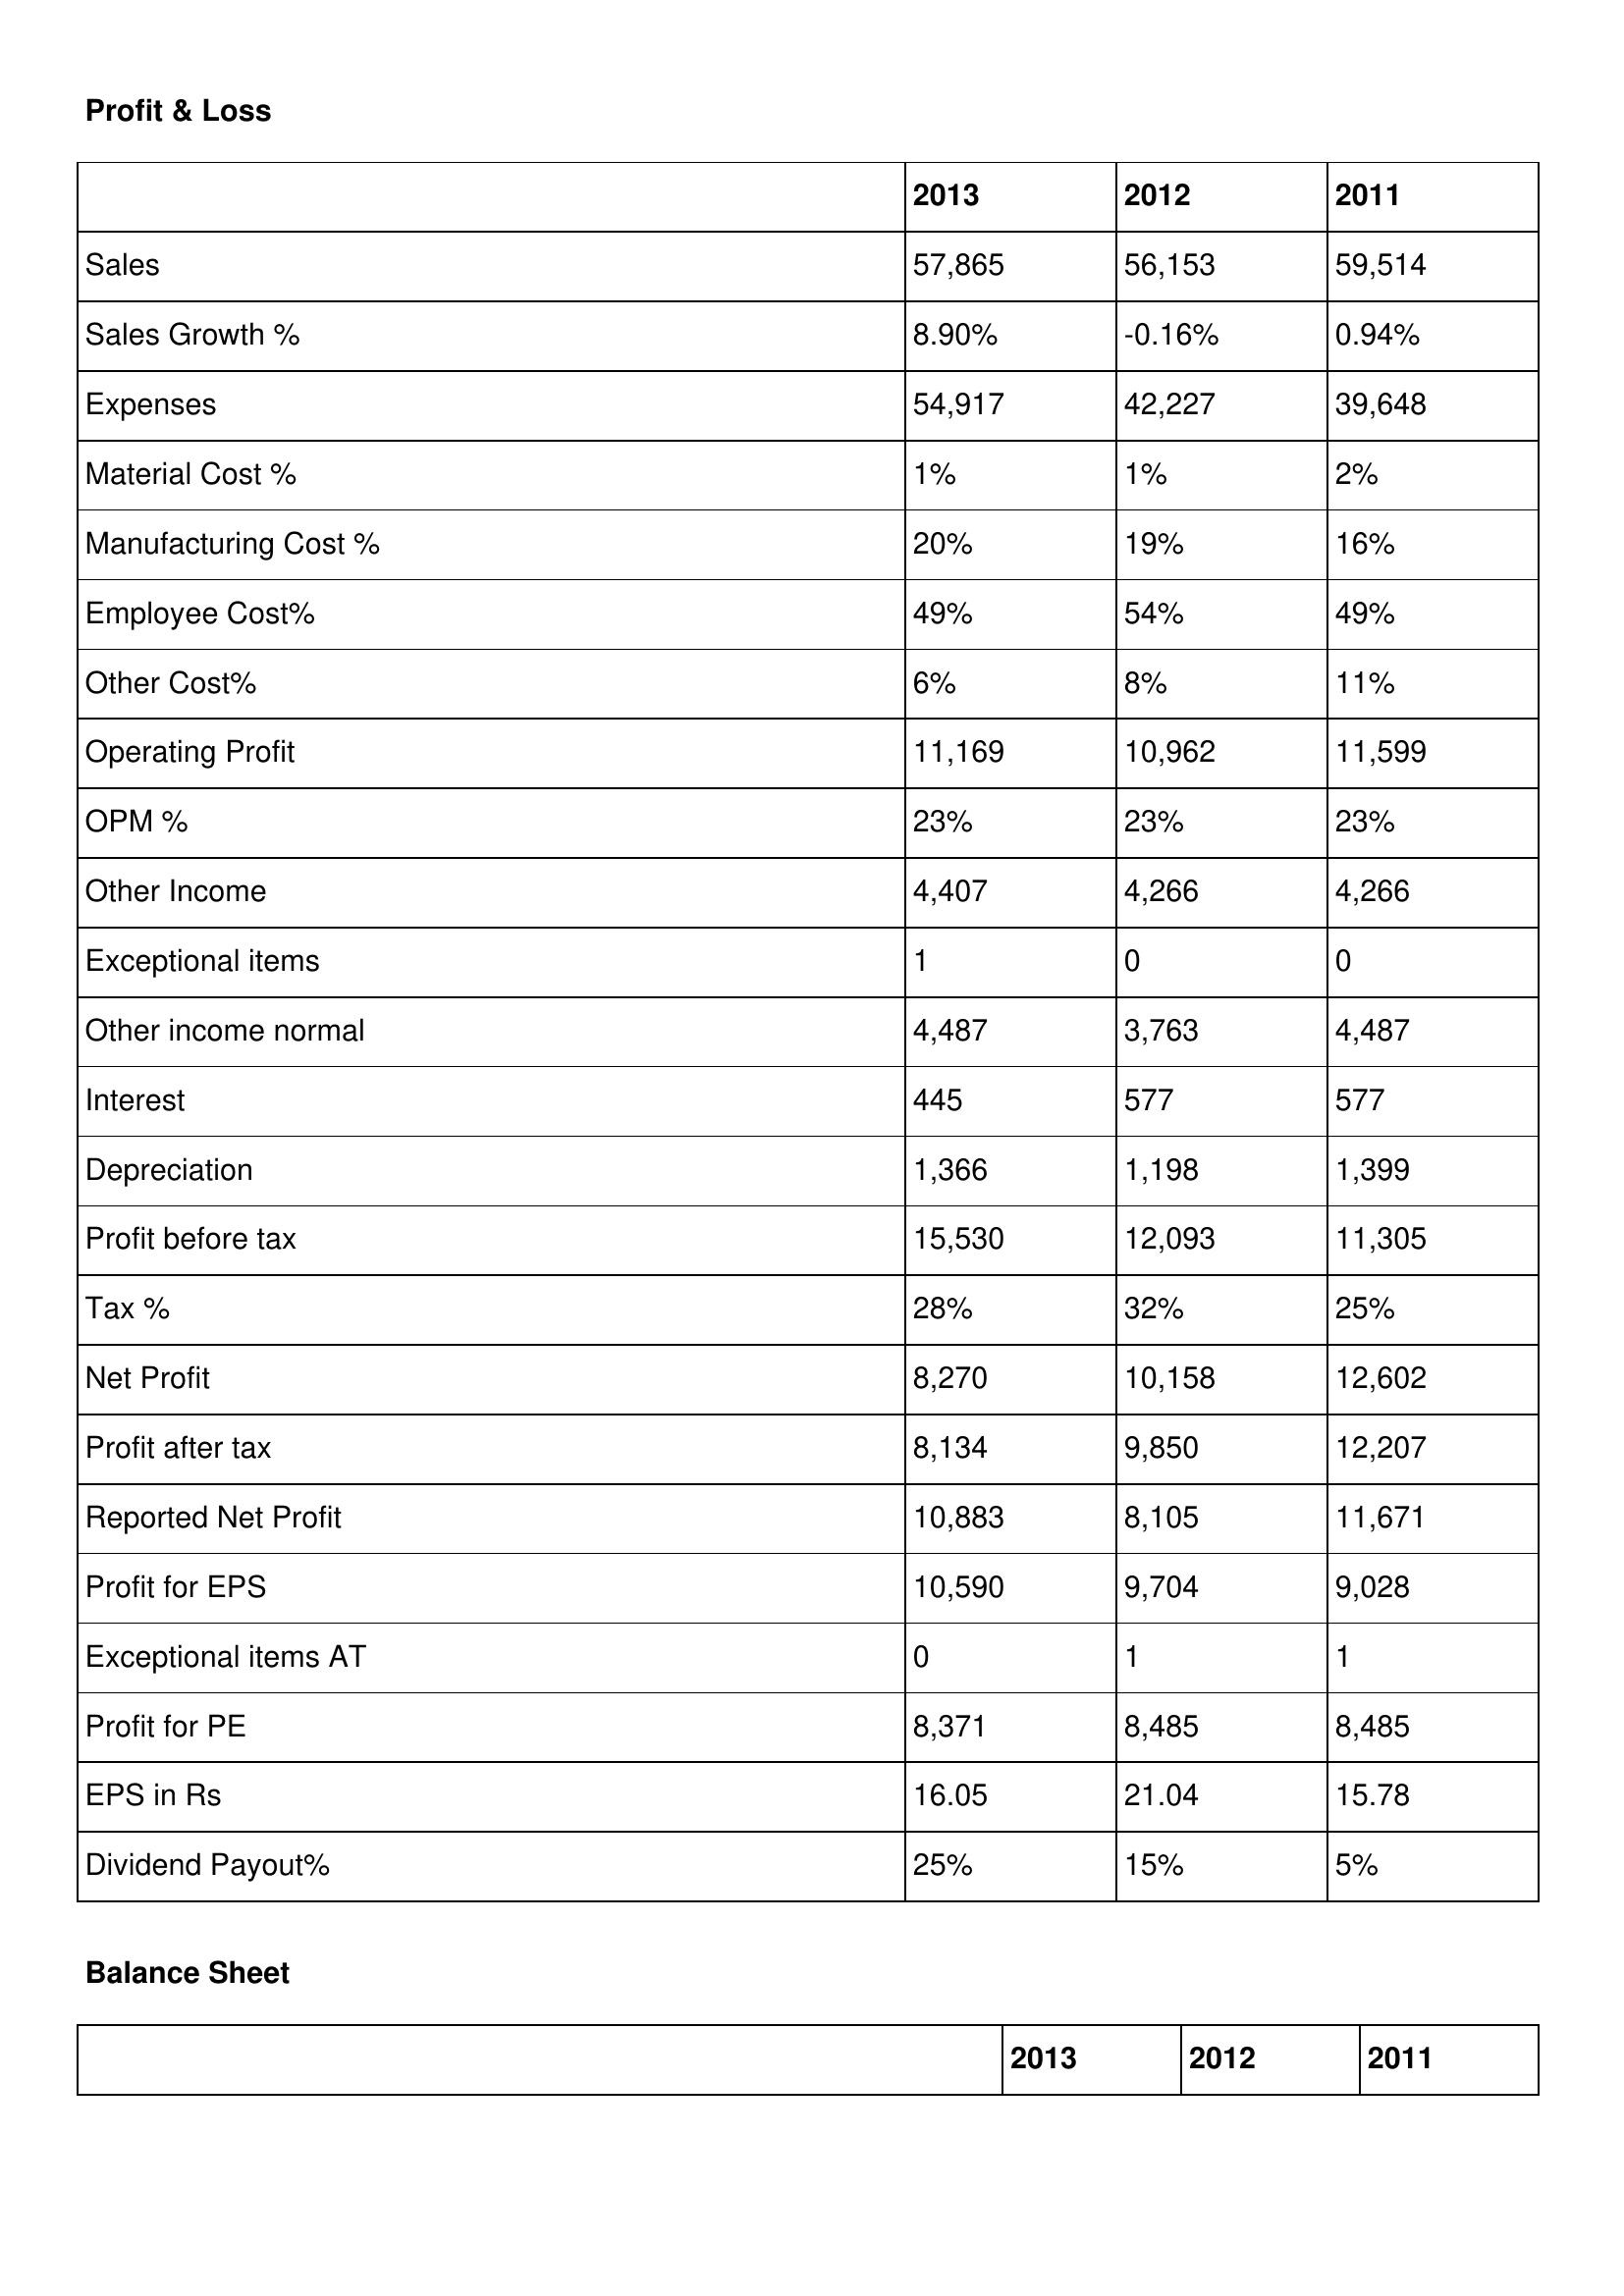
gt_parse: 2013: Profit & Loss: Sales: 57,865
Sales Growth %: 8.90%
Expenses: 54,917
Material Cost %: 1%
Manufacturing Cost %: 20%
Employee Cost%: 49%
Other Cost%: 6%
Operating Profit: 11,169
OPM %: 23%
Other Income: 4,407
Exceptional items: 1
Other income normal: 4,487
Interest: 445
Depreciation: 1,366
Profit before tax: 15,530
Tax %: 28%
Net Profit: 8,270
Profit after tax: 8,134
Reported Net Profit: 10,883
Profit for EPS: 10,590
Exceptional items AT: 0
Profit for PE: 8,371
EPS in Rs: 16.05
Dividend Payout%: 25%
2012: Profit & Loss: Sales: 56,153
Sales Growth %: -0.16%
Expenses: 42,227
Material Cost %: 1%
Manufacturing Cost %: 19%
Employee Cost%: 54%
Other Cost%: 8%
Operating Profit: 10,962
OPM %: 23%
Other Income: 4,266
Exceptional items: 0
Other income normal: 3,763
Interest: 577
Depreciation: 1,198
Profit before tax: 12,093
Tax %: 32%
Net Profit: 10,158
Profit after tax: 9,850
Reported Net Profit: 8,105
Profit for EPS: 9,704
Exceptional items AT: 1
Profit for PE: 8,485
EPS in Rs: 21.04
Dividend Payout%: 15%
2011: Profit & Loss: Sales: 59,514
Sales Growth %: 0.94%
Expenses: 39,648
Material Cost %: 2%
Manufacturing Cost %: 16%
Employee Cost%: 49%
Other Cost%: 11%
Operating Profit: 11,599
OPM %: 23%
Other Income: 4,266
Exceptional items: 0
Other income normal: 4,487
Interest: 577
Depreciation: 1,399
Profit before tax: 11,305
Tax %: 25%
Net Profit: 12,602
Profit after tax: 12,207
Reported Net Profit: 11,671
Profit for EPS: 9,028
Exceptional items AT: 1
Profit for PE: 8,485
EPS in Rs: 15.78
Dividend Payout%: 5%